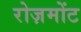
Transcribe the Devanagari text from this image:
रोज़मोंट